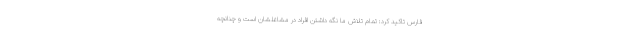
فارس تاکید کرد: تمام تلاش ما نگه داشتن افراد در مشاغلشان است و چنانچه